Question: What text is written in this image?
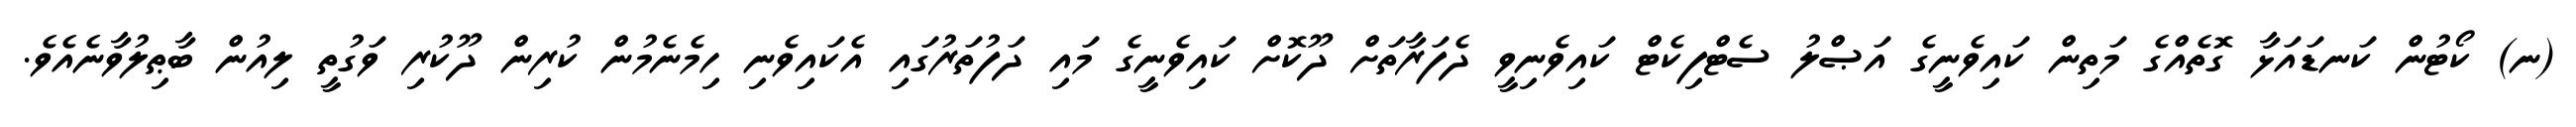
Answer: (ނ) ކޯޓުން ކަނޑައަޅާ ގޮތެއްގެ މަތިން ކައިވެނީގެ އަޞްލު ސެޓްފިކެޓް ކައިވެނިވީ ދެފަރާތަށް ދޫކޮށް ކައިވެނީގެ މައި ދަފުތަރުގައި އެކައިވެނި ހިމެނެމުން ކުރިން ދޫކުރި ވަގުތީ ލިއުން ބާޠިލުވާނެއެވެ.